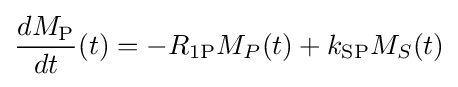
{\frac {dM_{\mathrm {P} }}{dt}}(t)=-R_{1{\ce {P}}}M_{P}(t)+k_{\mathrm {SP} }M_{S}(t)